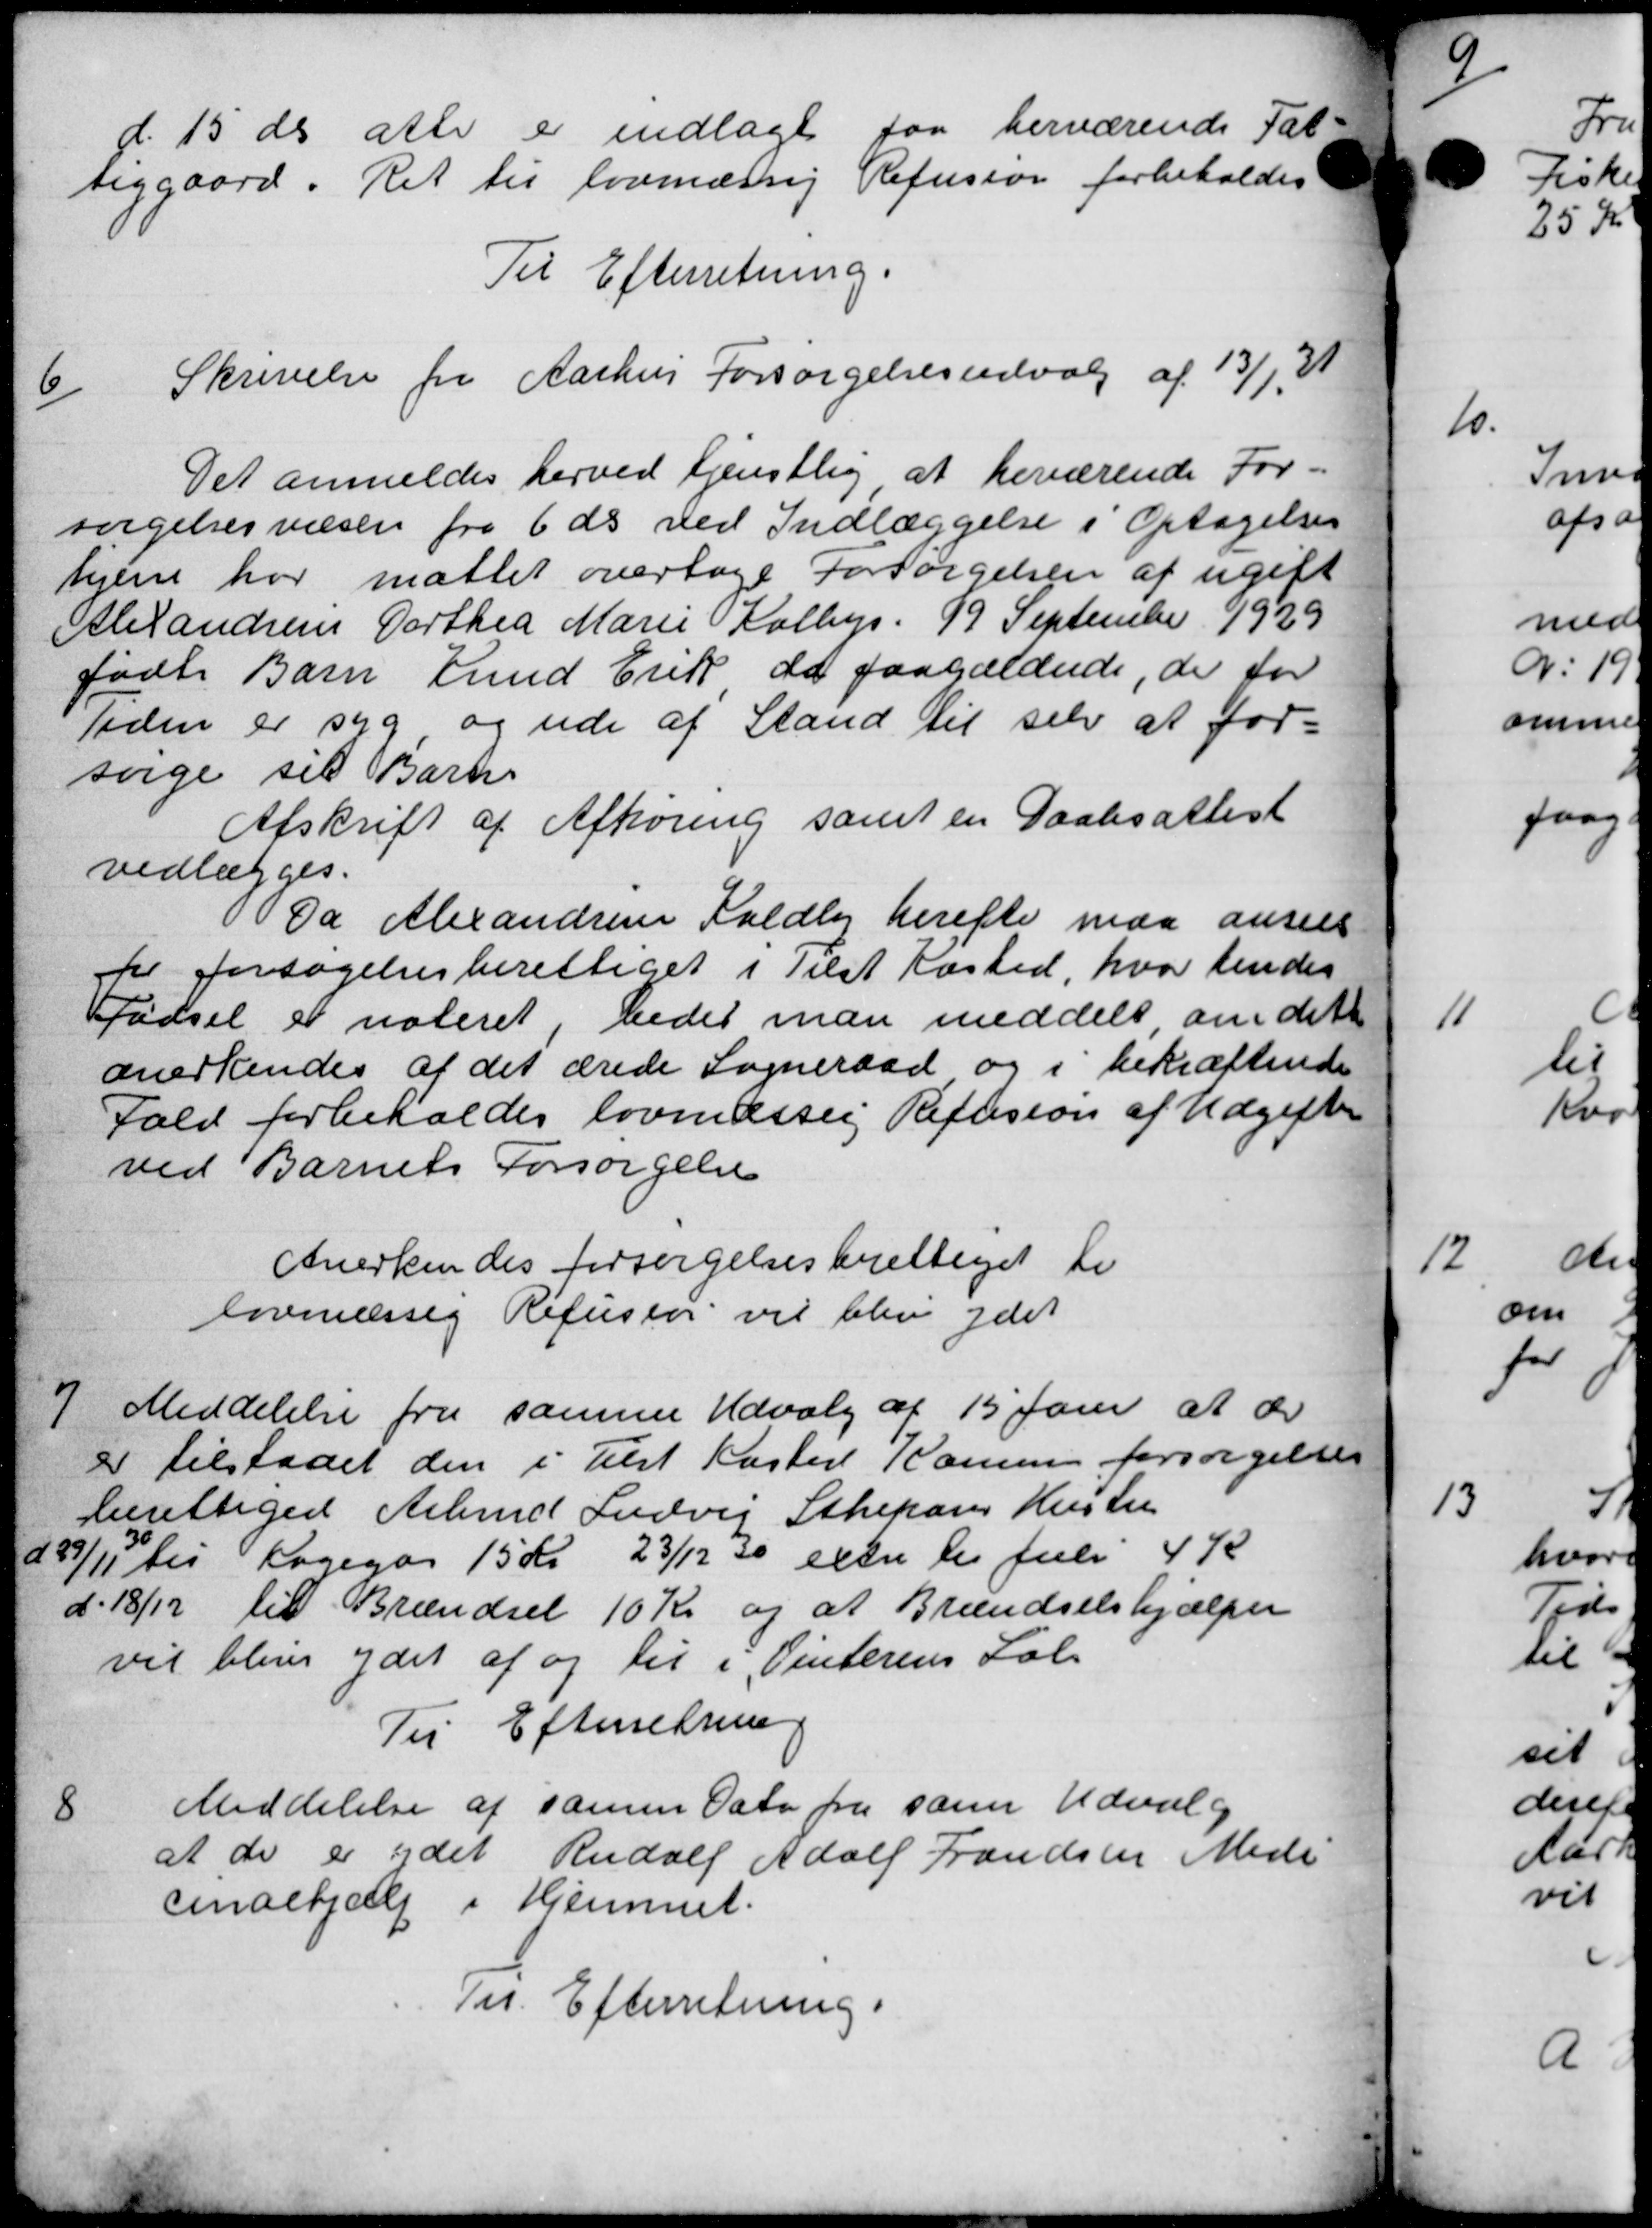
Transskription:
d. 15 ds alle er indlagt faa herværende Fat-
tiggaard. Ret til lovmæssig Refusion forbeholdes
Til Efterretning.
6
Skrivelse fra Aarhus Forsørgelsesudvalg af 13/1 31
Det anmeldes herved tjenstlig at beværende For-
sørgelsesvæsen fra 6 ds ved Indlæggelse i Optagelses
hjem har måttet overtage Forsørgelsen af ugift
Alexandrens Dorthea Marie Kolbys. 19 September 1929
født Barn Knud Erik de paagældende, de for
Tiden er syg og ude af Stand til selv at for-
sørge sit Barn
Afskrift af Afhøring samt en Daabsattest
vedlægges.
Da Alexandrene Voldby herefte maa anseet
for forsøgelsesberettiget i Tilst Kasted, hvor hendes
fødsel er noteret, bedet man meddelt om dett
anerkendes af det ærede Sogneraad og i bekræftende
Fald forbeholdes lovmæssig Refusion af Udgifter
ved Barnets Forsørgelse
Anerkendes forsørgelsesberettiget ti
lovmæssig Refusion vil blev ydet
7
Meddelelse fra samme Udvalg af 15 Juni at der
er tilstaaet den i Tilst Kasted Konen forsørgelses
berettiget Arbmd Ludvig Stheparer Hustru
d 29/11 til Kogegør 15 Kr. 23/12 30 exter til Juli 4 K
d. 18/12 til Brændsel 10 Kr og at Brændselshjælpen
vil blive ydet af og til i Vinterens Sal
Til Efterretning
8
Meddelelse af samme Dato fra som Udvalg
at de er ydet Rudolf Adolf Frandsen Møde
cenaehjælp i Hjemmet.
Til Efterretning.